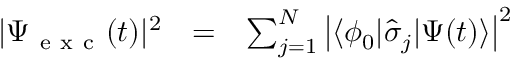
\begin{array} { c c l } { | \Psi _ { \mathrm { ~ e ~ x ~ c ~ } } ( t ) | ^ { 2 } } & { = } & { \sum _ { j = 1 } ^ { N } \left| \langle \phi _ { 0 } | \hat { \sigma } _ { j } | \Psi ( t ) \rangle \right| ^ { 2 } } \end{array}